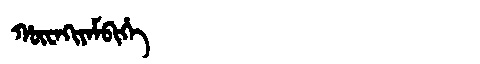
Manchu: ᡥᡡᠸᠠᡴᡳᠶᠠᠮᠪᡳᡥᡝ
Romanization: HŪWAKIYAMBIHE